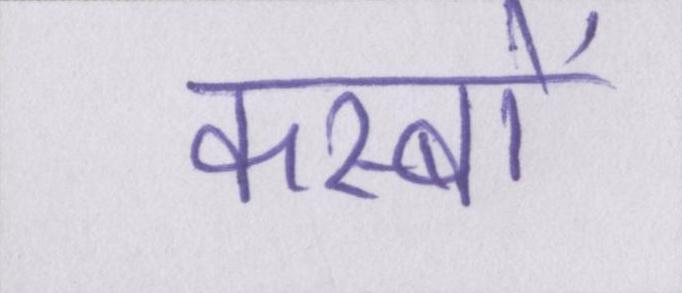
कस्बों